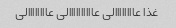
غذا عاااااااالی عاااااااااالی عاااااااالی